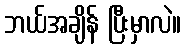
ဘယ်အချိန် ပြီးမှာလဲ။